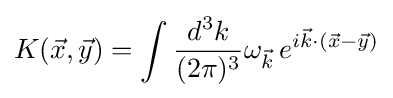
K({\vec {x}},{\vec {y}})=\int {\frac {d^{3}k}{(2\pi )^{3}}}\omega _{\vec {k}}\,e^{i{\vec {k}}\cdot ({\vec {x}}-{\vec {y}})}